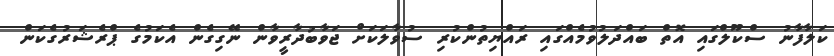
ކަލާފާނު ސްކޫލްގައި އޮތް ބައްދަލުވުމެއްގައި ރައްޔިތުންކުރި ސުވާލަކަށް ޖަވާބުދާރީވާން ނޭގިގެން އެކަމުގެ ޕްރެޝަރުގެކަން